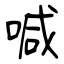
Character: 喊